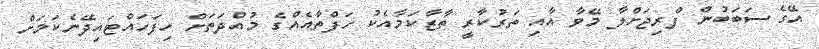
އޭގެ ސަބަބުން ފްރިޖަށްލާ މޭވާ އާއި ތަރުކާރީ ތާޒާކަމާއެކު ހަފްތާއެއްގެ މުއްދަތަށް ހިފަހައްޓައިދޭނެކަމަށް